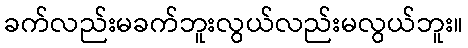
ခက်လည်းမခက်ဘူးလွယ်လည်းမလွယ်ဘူး။